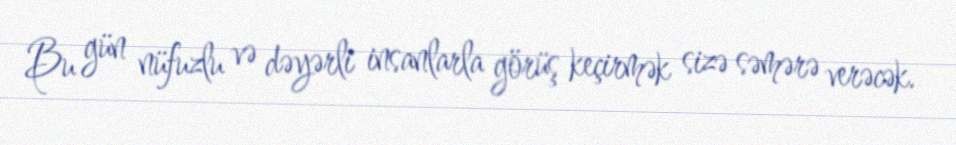
Bu gün nüfuzlu və dəyərli insanlarla görüş keçirmək sizə səmərə verəcək.